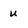
Character: u